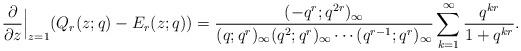
LaTeX: \begin{align*}\frac{\partial}{\partial z} \Big |_{z=1} (Q_r(z;q) - E_r(z;q)) = \frac{(- q^r;q^{2r})_\infty}{(q;q^r)_\infty(q^2;q^r)_\infty\cdots(q^{r-1};q^r)_\infty} \sum_{k=1}^\infty \frac{q^{kr}}{1+q^{kr}}.\end{align*}